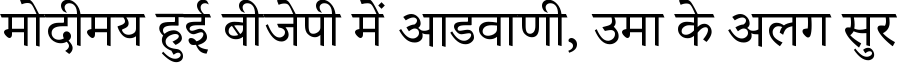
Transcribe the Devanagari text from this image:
मोदीमय हुई बीजेपी में आडवाणी, उमा के अलग सुर